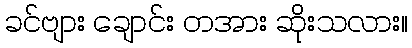
ခင်ဗျား ချောင်း တအား ဆိုးသလား။